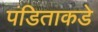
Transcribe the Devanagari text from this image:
पंडिताकडे